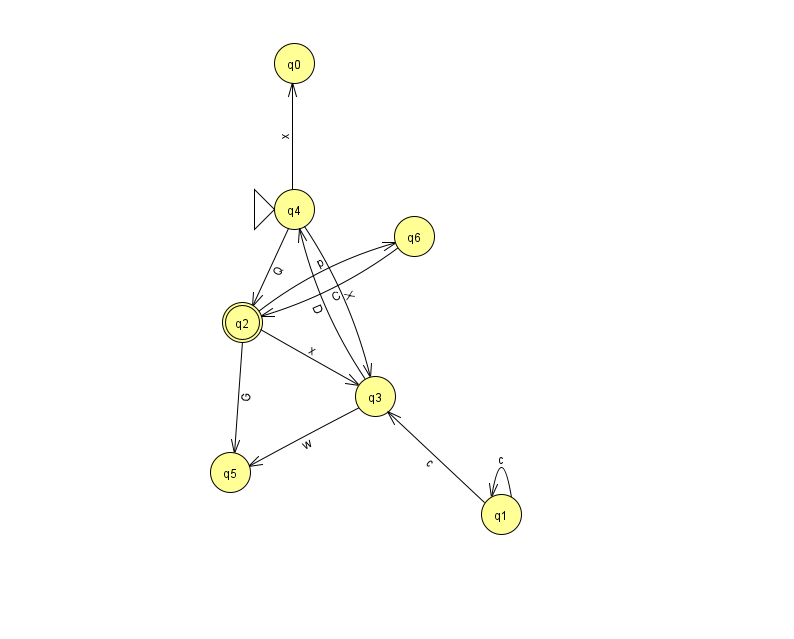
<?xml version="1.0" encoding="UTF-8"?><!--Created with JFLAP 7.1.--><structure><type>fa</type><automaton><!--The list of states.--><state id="0" name="q0"><x>294.0</x><y>50.0</y></state><state id="1" name="q1"><x>501.0</x><y>501.0</y></state><state id="2" name="q2"><x>242.0</x><y>309.0</y><final/></state><state id="3" name="q3"><x>375.0</x><y>383.0</y></state><state id="4" name="q4"><x>294.0</x><y>196.0</y><initial/></state><state id="5" name="q5"><x>230.0</x><y>459.0</y></state><state id="6" name="q6"><x>414.0</x><y>223.0</y></state><!--The list of transitions.--><transition><from>1</from><to>3</to><read>c</read></transition><transition><from>2</from><to>6</to><read>p</read></transition><transition><from>4</from><to>0</to><read>x</read></transition><transition><from>6</from><to>2</to><read>C</read></transition><transition><from>1</from><to>1</to><read>c</read></transition><transition><from>4</from><to>3</to><read>X</read></transition><transition><from>2</from><to>5</to><read>G</read></transition><transition><from>3</from><to>4</to><read>D</read></transition><transition><from>4</from><to>2</to><read>Q</read></transition><transition><from>2</from><to>3</to><read>x</read></transition><transition><from>3</from><to>5</to><read>w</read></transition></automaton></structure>